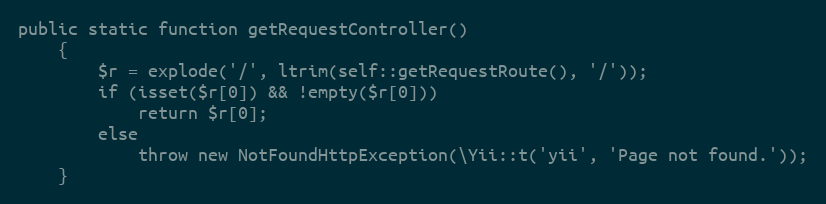
Language: PHP
public static function getRequestController()
    {
        $r = explode('/', ltrim(self::getRequestRoute(), '/'));
        if (isset($r[0]) && !empty($r[0]))
            return $r[0];
        else
            throw new NotFoundHttpException(\Yii::t('yii', 'Page not found.'));
    }